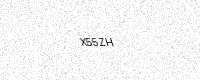
Text: X55ZH